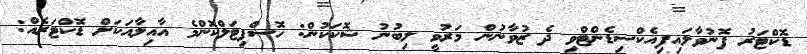
ޑޮކްޓަރު ފޮނުވާލައިފިއެކްސިޑެންޓްވި ދެ ޒުވާނުން މަރުވީ ލިބުނު ޝޮކަކުން: ހޮސްޕިޓަލްކޮންމެ އާއިލާއަކަށް ޑޮކްޓަރެއް: